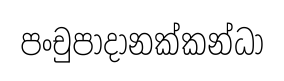
පංචුපාදානක්කන්ධා